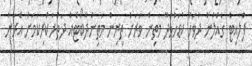
ފްލައިޓް ގެއްލުނު ދުވަހު ކުޑަހުވަދޫ މަތިން ވަރަށް ތިރިން މަތިންދާބޯޓެއް ދަތުރުކުރިކަމަށް އެރަށު